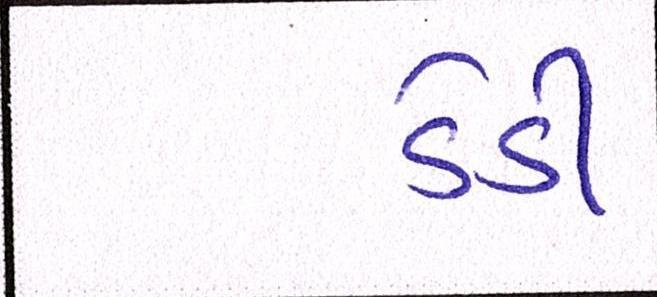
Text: ડેડી